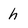
Character: h